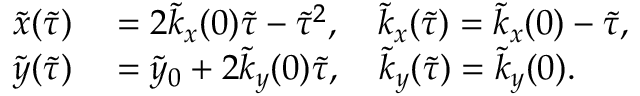
\begin{array} { r l } { \tilde { x } ( \tilde { \tau } ) } & { { } = 2 \tilde { k } _ { x } ( 0 ) \tilde { \tau } - \tilde { \tau } ^ { 2 } , \quad \tilde { k } _ { x } ( \tilde { \tau } ) = \tilde { k } _ { x } ( 0 ) - \tilde { \tau } , } \\ { \tilde { y } ( \tilde { \tau } ) } & { { } = \tilde { y } _ { 0 } + 2 \tilde { k } _ { y } ( 0 ) \tilde { \tau } , \quad \tilde { k } _ { y } ( \tilde { \tau } ) = \tilde { k } _ { y } ( 0 ) . } \end{array}